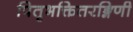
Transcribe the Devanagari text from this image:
पितृभक्तितरङ्गिणी